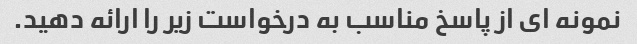
نمونه ای از پاسخ مناسب به درخواست زیر را ارائه دهید.